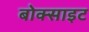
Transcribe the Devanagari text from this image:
बोक्साइट